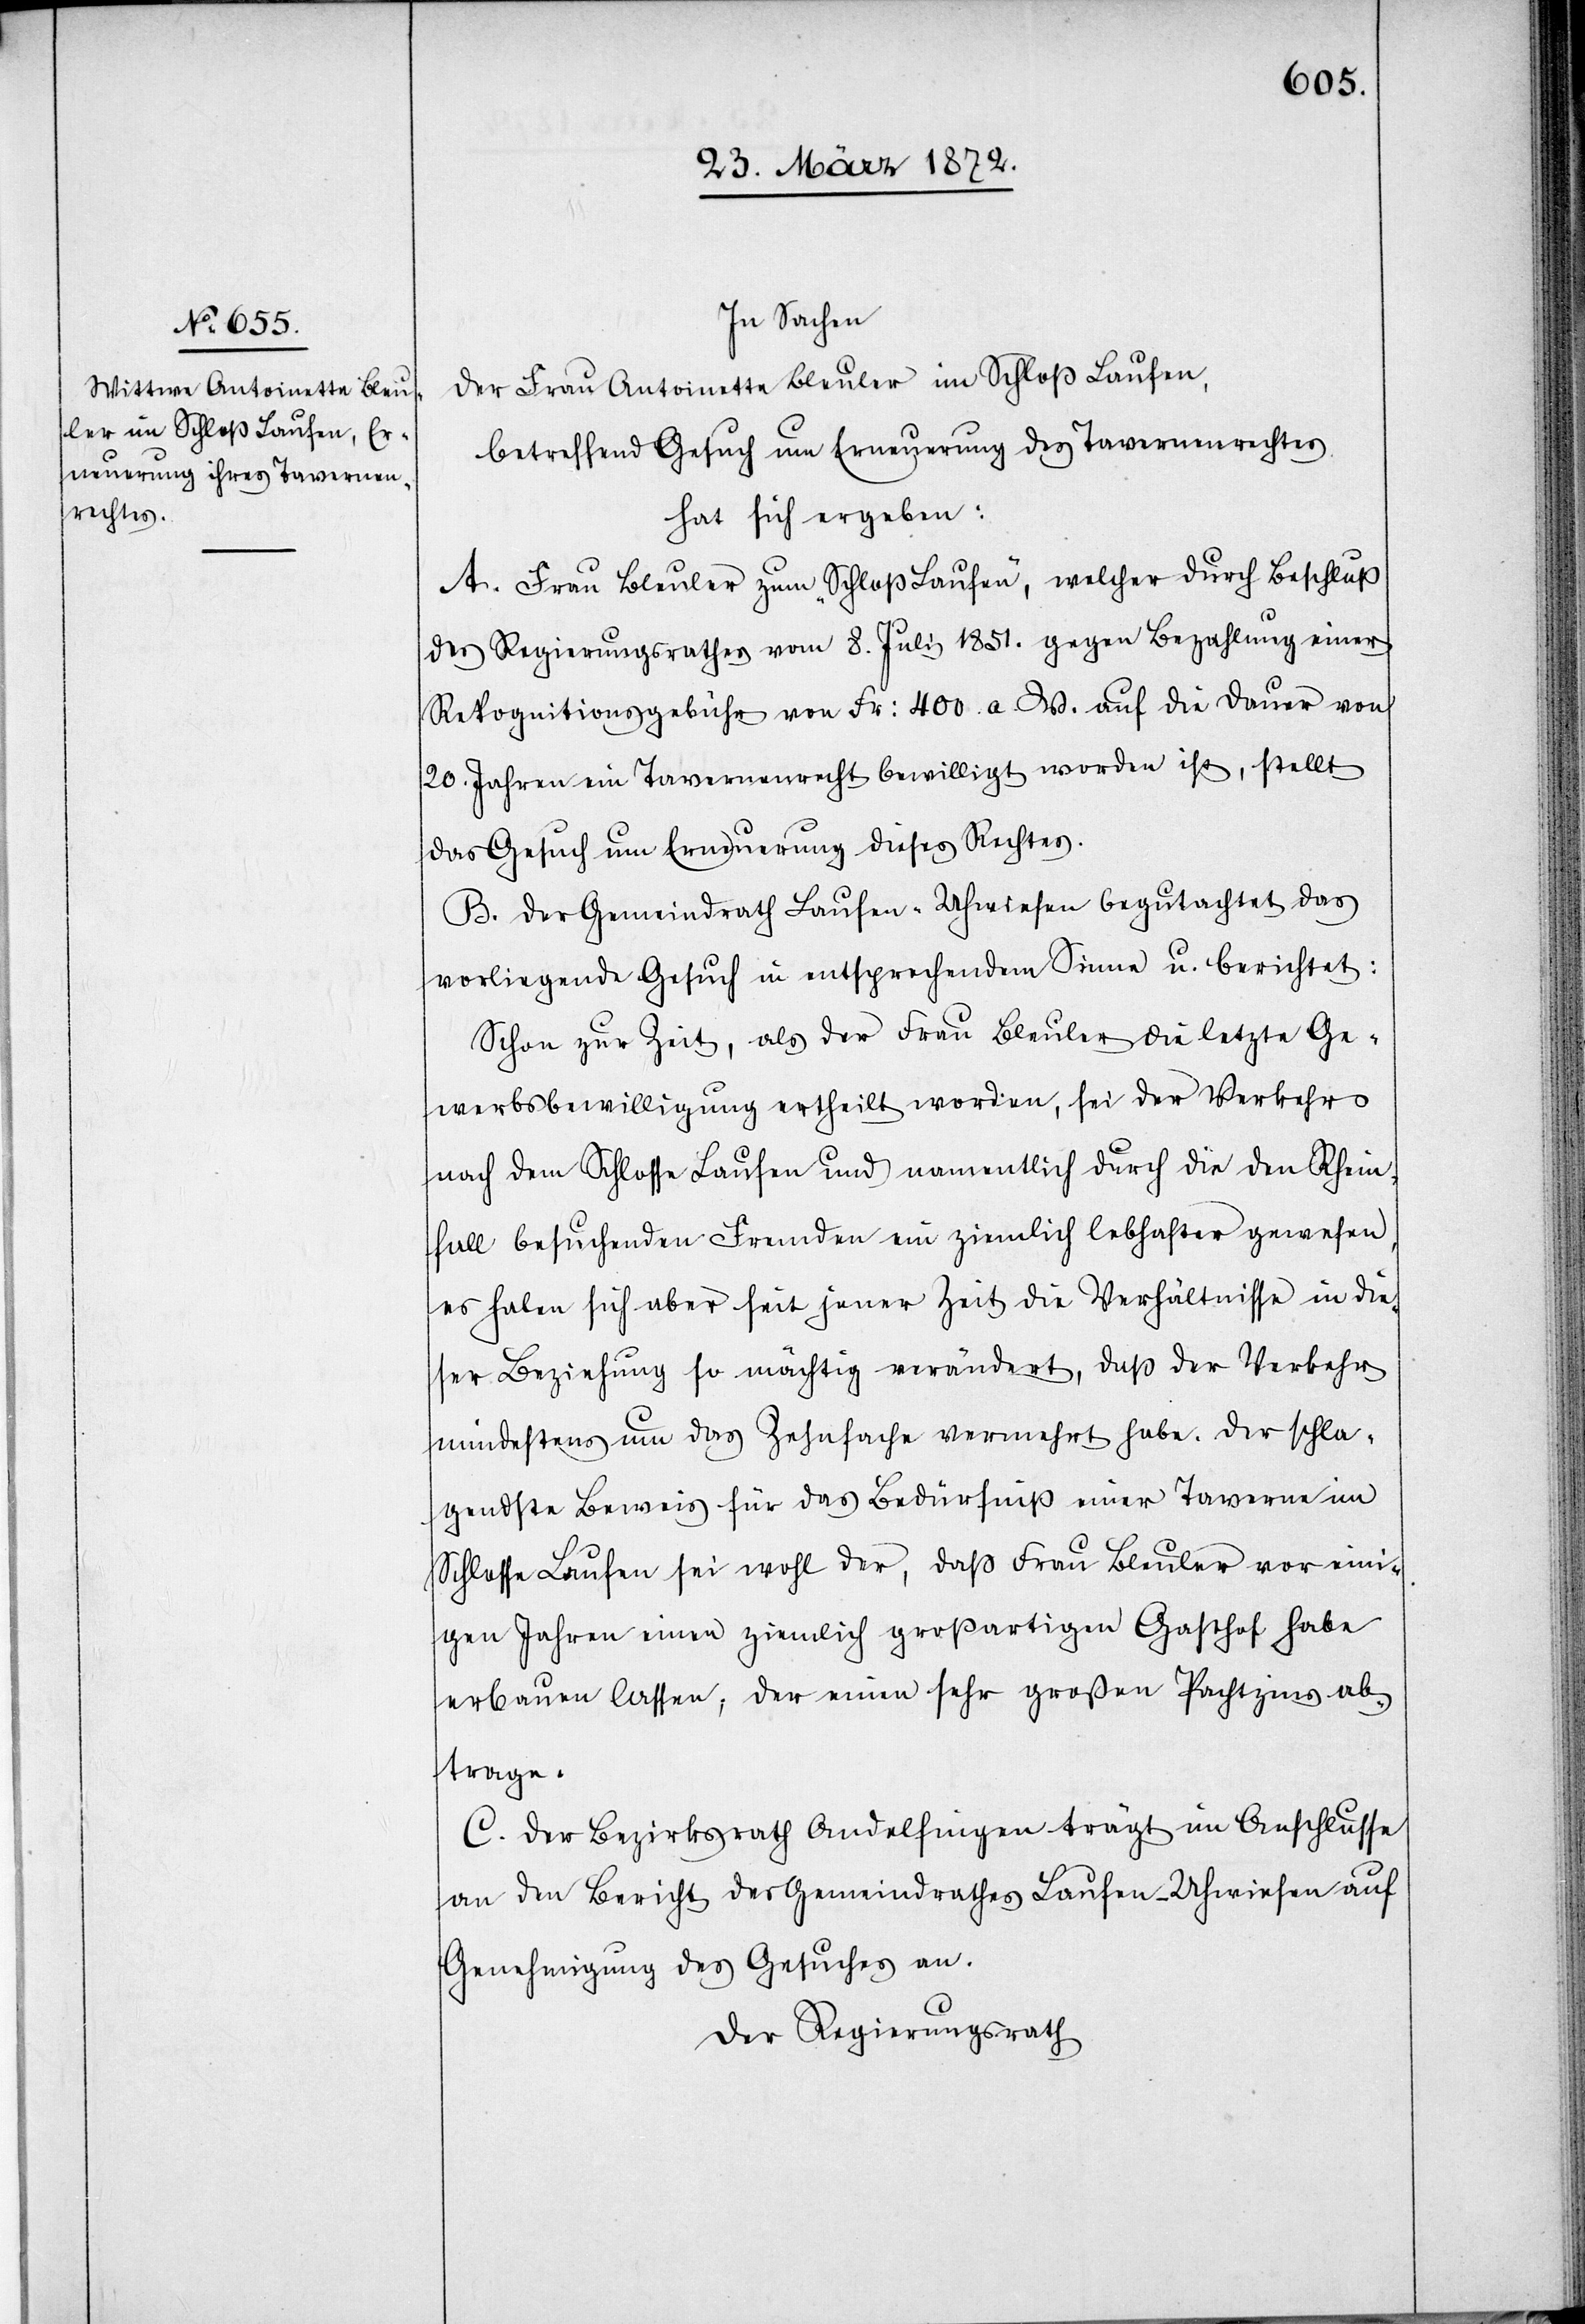
In Sachen
der Frau Antoinette Bleuler im Schloß Laufen,
betreffend Gesuch um Erneuerung des Tavernenrechtes,
hat sich ergeben:
A. Frau Bleuler zum „Schloß Laufen“, welcher durch Beschluß
des Regierungsrathes vom 8. Juli 1851. gegen Bezahlung einer
Rekognitionsgebühr von Fr: 400 a. W. auf die Dauer von
20. Jahren ein Tavernenrecht bewilligt worden ist, stellt
das Gesuch um Erneuerung dieses Rechtes.
B. Der Gemeindrath Laufen-Uhwiesen begutachtet das
vorliegende Gesuch in entsprechendem Sinne u. berichtet:
Schon zur Zeit, als der Frau Bleuler die letzte Ge¬
werbsbewilligung ertheilt worden, sei der Verkehr
nach dem Schlosse Laufen und namentlich durch die den Rhein¬
fall besuchenden Fremden ein ziemlich lebhafter gewesen,
es haben sich aber seit jener Zeit die Verhältnisse in die¬
ser Beziehung so mächtig verändert, daß [sich] der Verkehr
mindestens um das Zehnfache vermehrt habe. Der schla¬
gendste Beweis für das Bedürniß einer Taverne im
Schlosse Laufen sei wohl der, daß Frau Bleuler vor eini¬
gen Jahren einen ziemlich großartigen Gasthof habe
erbauen lassen, der einen sehr grossen Pachtzins ab¬
trage.
C. Der Bezirksrath Andelfingen trägt im Anschlusse
an den Bericht des Gemeindrathes Laufen-Uhwiesen auf
Genehmigung des Gesuches an.
Der Regierungsrath